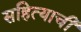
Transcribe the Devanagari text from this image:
सहित्याची